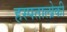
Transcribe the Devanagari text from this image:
हस्पतालोकी